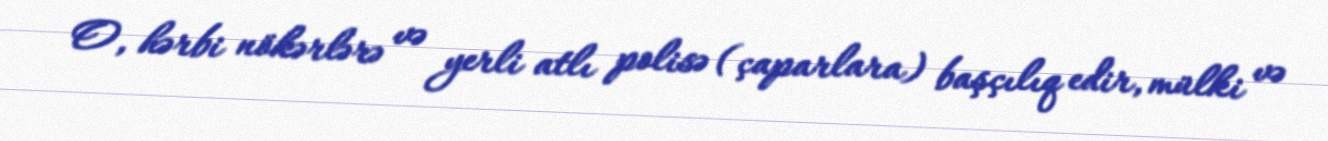
O, hərbi nökərlərə və yerli atlı polisə (çaparlara) başçılıq edir, mülki və